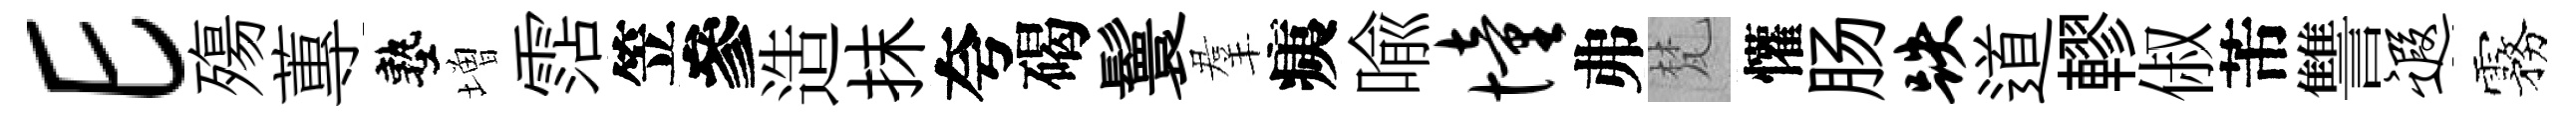
E殤蓴塾増霑笠參造抹夸碣鬟羣痍喩憧弗梵懽肠跌道轇俶芾讐遐霧